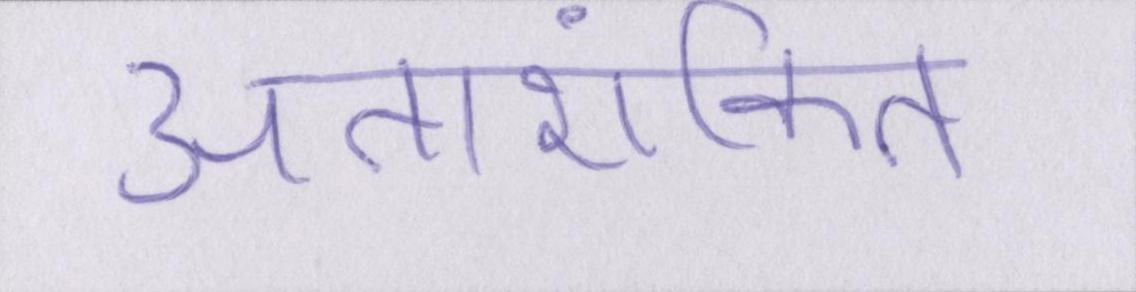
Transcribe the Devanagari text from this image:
अतारांकित